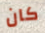
كان